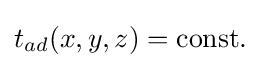
t_{ad}(x,y,z)=\mathrm {const.}